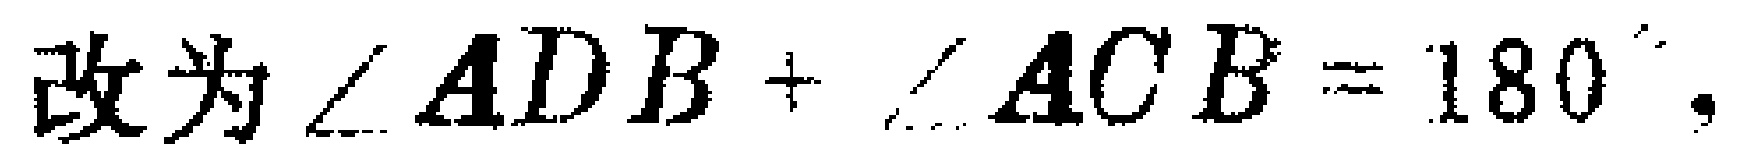
改为$\angle ADB+\angle ACB = 180^{\circ}$.